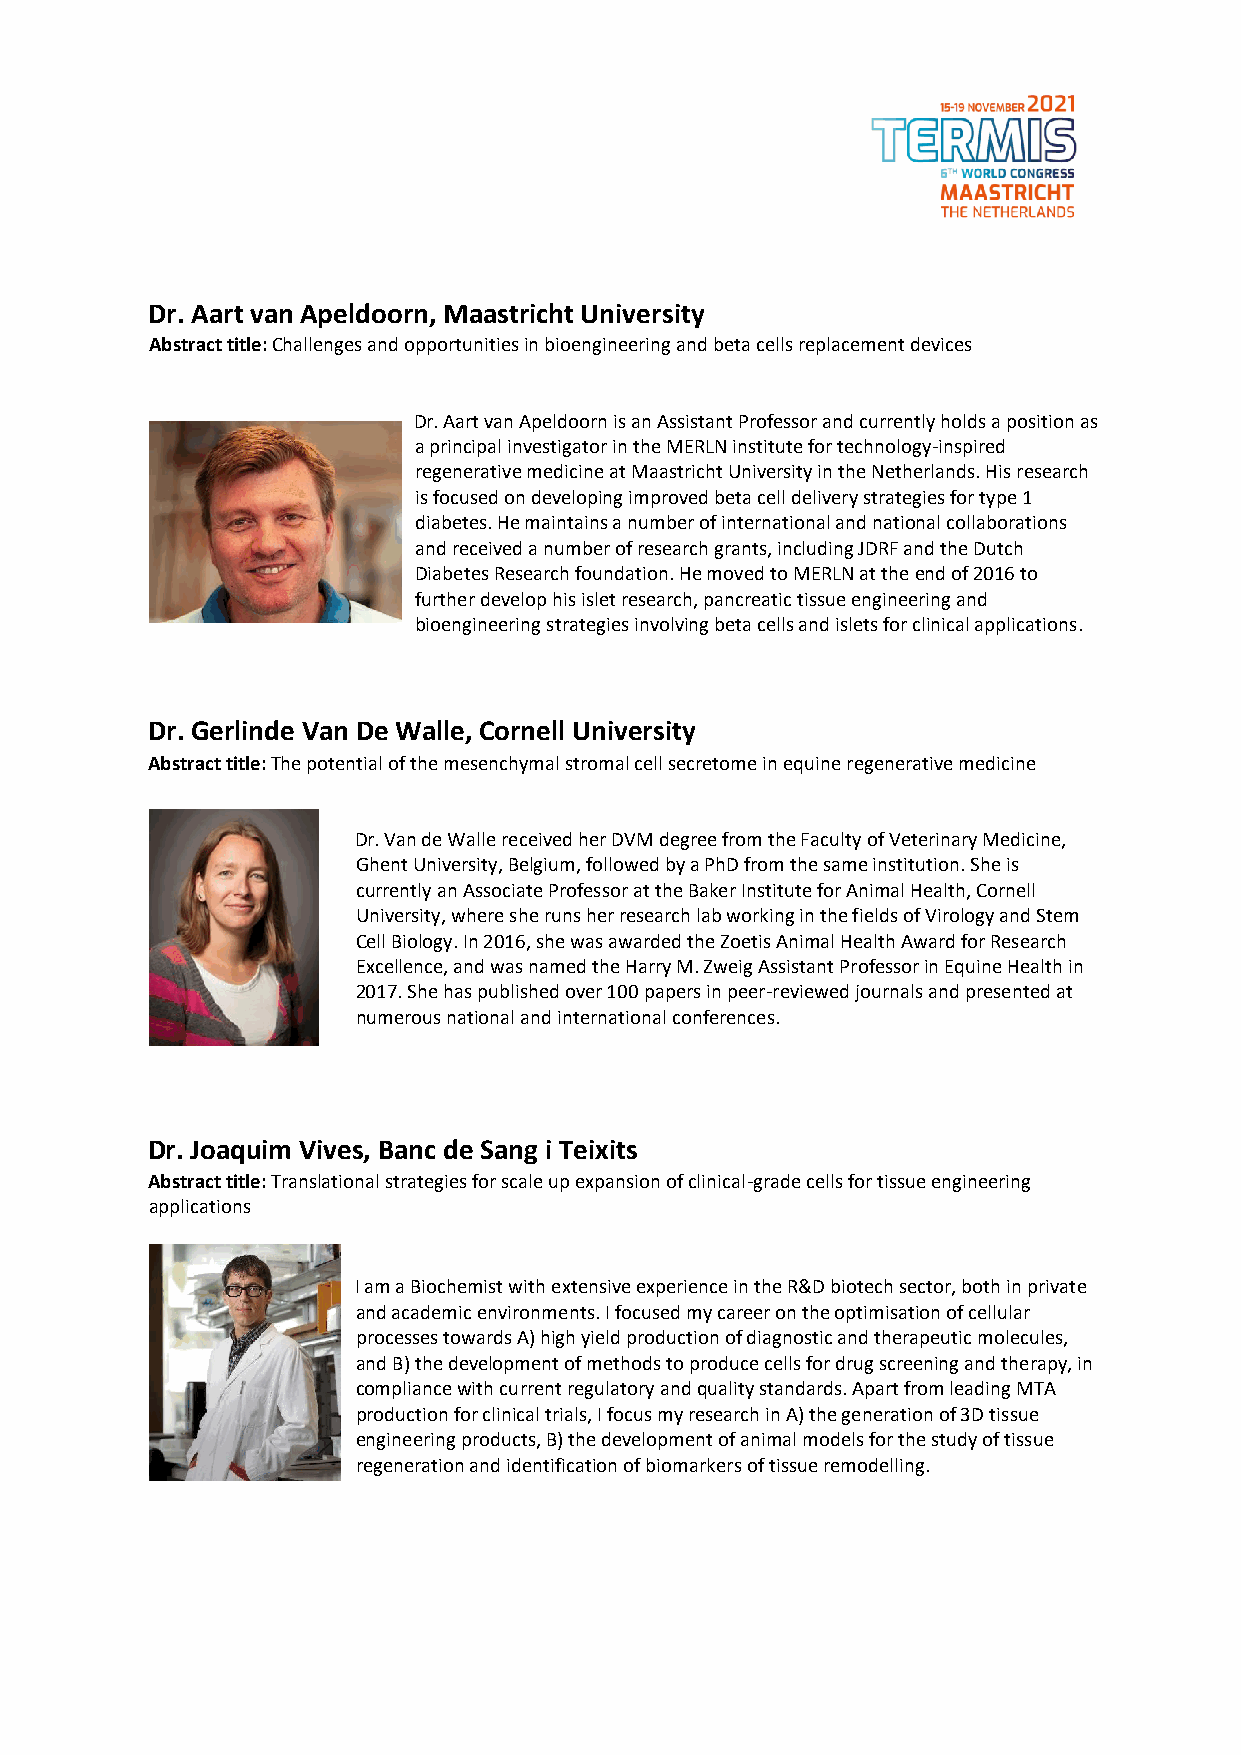
Dr. Aart van Apeldoorn, Maastricht University
 Abstract title: Challenges and opportunities in bioengineering and beta cells replacement devices
 Dr. Aart van Apeldoorn is an Assistant Professor and currently holds a position as
 a principal investigator in the MERLN institute for technology-inspired
 regenerative medicine at Maastricht University in the Netherlands. His research
 is focused on developing improved beta cell delivery strategies for type 1
 diabetes. He maintains a number of international and national collaborations
 and received a number of research grants, including JDRF and the Dutch
 Diabetes Research foundation. He moved to MERLN at the end of 2016 to
 further develop his islet research, pancreatic tissue engineering and
 bioengineering strategies involving beta cells and islets for clinical applications.
 Dr. Gerlinde Van De Walle, Cornell University
 Abstract title: The potential of the mesenchymal stromal cell secretome in equine regenerative medicine
 Dr. Van de Walle received her DVM degree from the Faculty of Veterinary Medicine,
 Ghent University, Belgium, followed by a PhD from the same institution. She is
 currently an Associate Professor at the Baker Institute for Animal Health, Cornell
 University, where she runs her research lab working in the fields of Virology and Stem
 Cell Biology. In 2016, she was awarded the Zoetis Animal Health Award for Research
 Excellence, and was named the Harry M. Zweig Assistant Professor in Equine Health in
 2017. She has published over 100 papers in peer-reviewed journals and presented at
 numerous national and international conferences.
 Dr. Joaquim Vives, Banc de Sang i Teixits
 Abstract title: Translational strategies for scale up expansion of clinical-grade cells for tissue engineering
 applications
 I am a Biochemist with extensive experience in the R&D biotech sector, both in private
 and academic environments. I focused my career on the optimisation of cellular
 processes towards A) high yield production of diagnostic and therapeutic molecules,
 and B) the development of methods to produce cells for drug screening and therapy, in
 compliance with current regulatory and quality standards. Apart from leading MTA
 production for clinical trials, I focus my research in A) the generation of 3D tissue
 engineering products, B) the development of animal models for the study of tissue
 regeneration and identification of biomarkers of tissue remodelling.